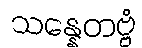
သန္နေတဗ္ဗံ